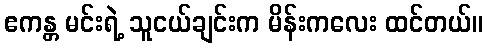
ဧကန္တ မင်းရဲ့ သူငယ်ချင်းက မိန်းကလေး ထင်တယ်။